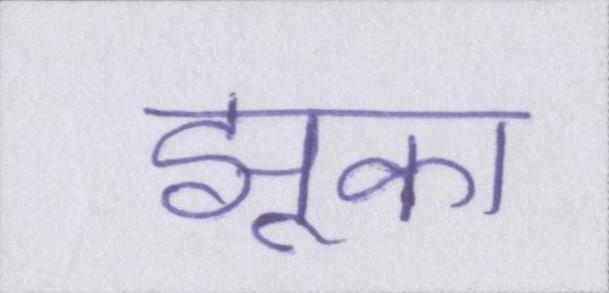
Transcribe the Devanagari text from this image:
झुका